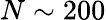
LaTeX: N\sim 200